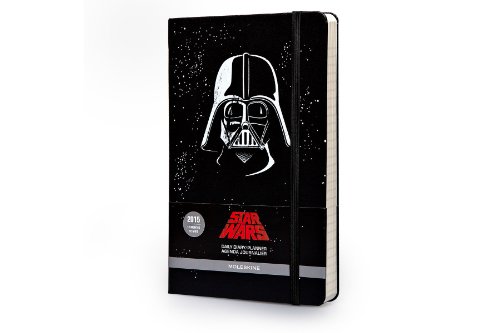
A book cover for Moleskine 2015 Star Wars Limited Edition Daily Planner, 12 Month, Large, Black, Hard Cover (5 x 8.25) (Moleskine Star Wars); Moleskine; Calendars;